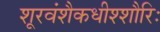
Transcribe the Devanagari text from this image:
शूरवंशैकधीश्शौरिः